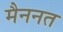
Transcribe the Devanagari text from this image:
मैननत